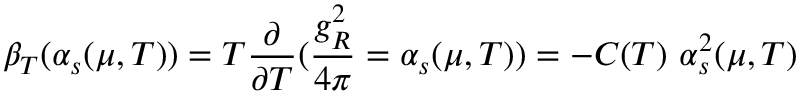
\beta _ { T } ( \alpha _ { s } ( \mu , T ) ) = T \frac { \partial } { \partial T } ( \frac { g _ { R } ^ { 2 } } { 4 \pi } = \alpha _ { s } ( \mu , T ) ) = - C ( T ) \ \alpha _ { s } ^ { 2 } ( \mu , T )